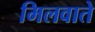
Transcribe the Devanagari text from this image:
मिलवाते